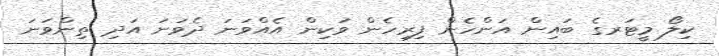
ކިލޯ މީޓަރގެ ބައިން އަންހެން ފިރިހެން ވަކިން އެއްވަނަ ދެވަނަ އަދި ތިންވަނަ